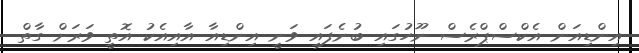
އިންޑިއަން އެކްސްޕްރެސް ނޫހުގައި ބުނެފައި ވަނީ އިންޑިއާާ އާއިއެކު އޮތީ ވަރަށް ގާތް